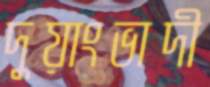
দুয়াংভাদী